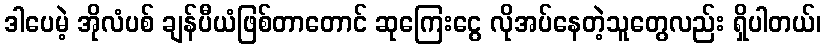
ဒါပေမဲ့ အိုလံပစ် ချန်ပီယံဖြစ်တာတောင် ဆုကြေးငွေ လိုအပ်နေတဲ့သူတွေလည်း ရှိပါတယ်၊